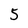
Character: 5